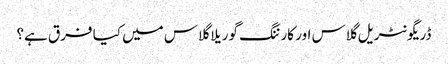
ڈریگونٹریل گلاس اور کارننگ گوریلا گلاس میں کیا فرق ہے؟